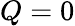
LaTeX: Q=0